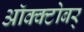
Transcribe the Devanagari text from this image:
ऑक्क्टोबर्